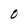
Character: O